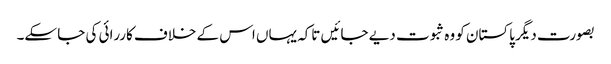
بصورت دیگر پاکستان کو وہ ثبوت دیے جائیں تاکہ یہاں اس کے خلاف کاررائی کی جا سکے۔